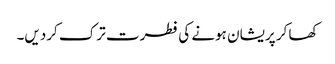
کھا کر پریشان ہونے کی فطرت ترک کردیں۔